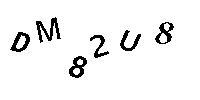
DM82U8